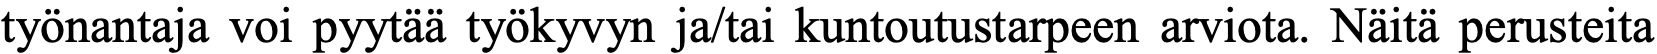
työnantaja voi pyytää työkyvyn ja/tai kuntoutustarpeen arviota. Näitä perusteita